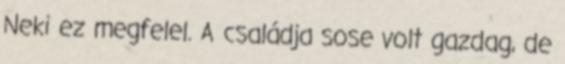
Neki ez megfelel. A családja sose volt gazdag, de